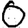
Digit: 0